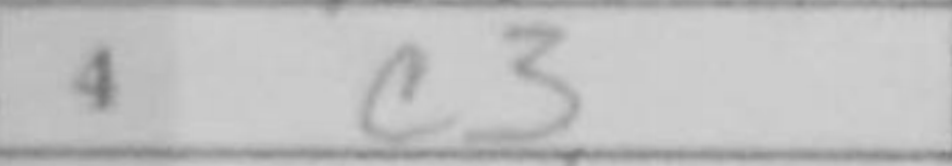
Transcription: c3